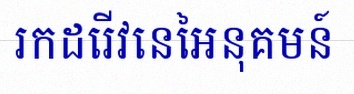
រកដេរីវេនៃអនុគមន៍